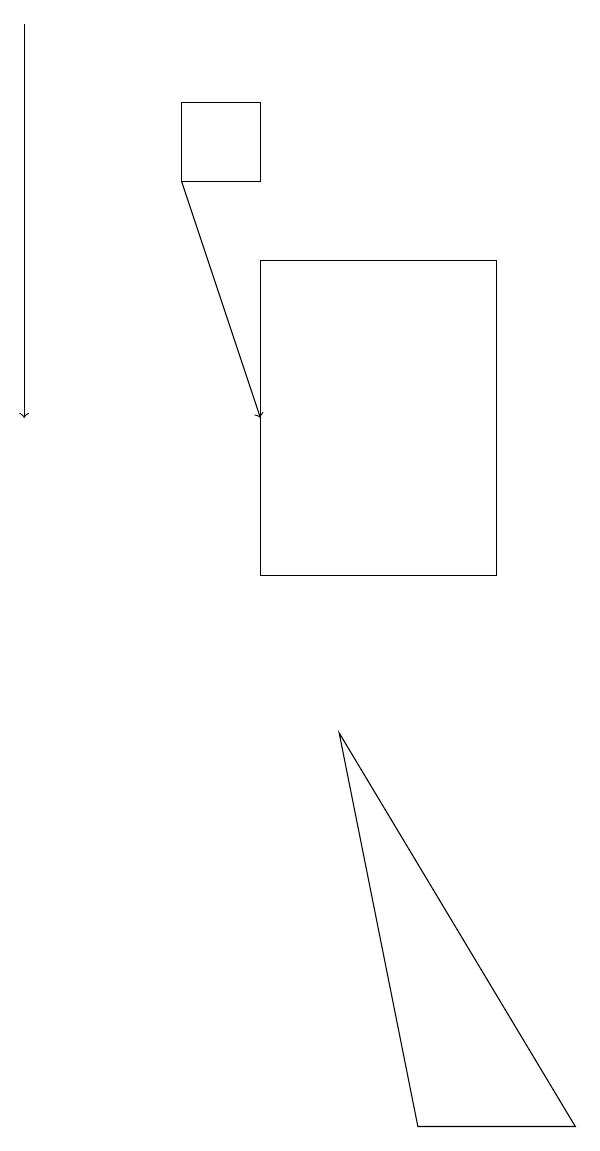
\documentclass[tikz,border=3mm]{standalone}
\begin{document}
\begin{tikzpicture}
\draw (9,3) -- (6,8) -- (7,3) -- cycle;
\draw[->] (4,15) -- (5,12);
\draw[->] (2,17) -- (2,12);
\draw (8,14) rectangle (5,10);
\draw (4,16) rectangle (5,15);
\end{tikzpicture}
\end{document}